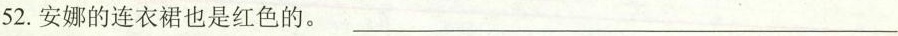
52.安娜的连衣裙也是红色的。___